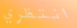
انتظري